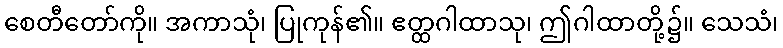
စေတီတော်ကို။ အကာသုံ၊ ပြုကုန်၏။ ဧတ္ထဂါထာသု၊ ဤဂါထာတို့၌။ သေသံ၊